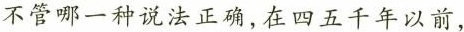
不管哪一种说法正确，在四五千年以前，